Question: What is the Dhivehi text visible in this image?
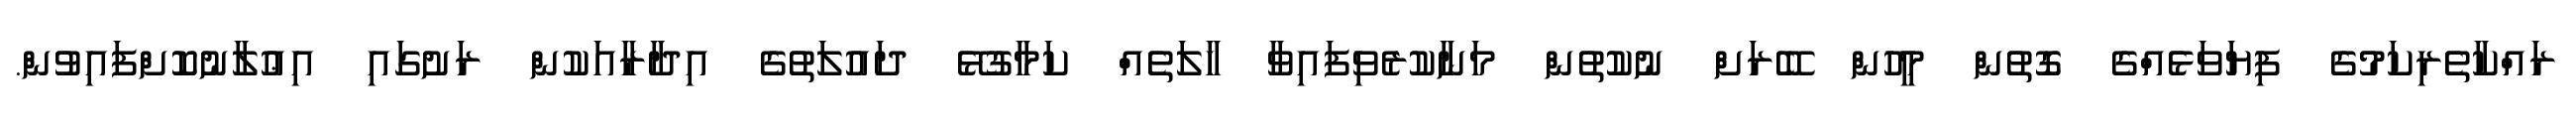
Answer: ރައްކާތެރިކަމުގެ ފިޔަވަޅެއްގެ ގޮތުން މީހުން ބޭރަށް ނުކުތުން މަނާކުރެވިފައިވާ ހާލަތެއް ކަމާގުޅޭ ދައުލަތުގެ އިދާރާއަކުން ރަށުގައި އިޢުލާނުކޮށްފައިވުން.